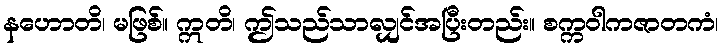
နဟောတိ၊ မဖြစ်။ ဣတိ၊ ဤသည်သာလျှင်အပြီးတည်း။ စက္ကဝါကဇာတကံ၊